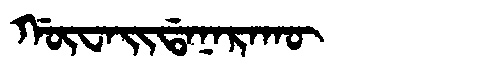
Manchu: ᡤᡡᠸᠠᡳᡩᠠᠨᠠᡵᠠᡴᡡ
Romanization: GŪWAIDANARAKŪ